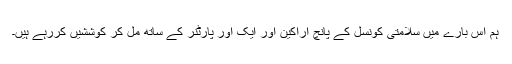
ہم اس بارے میں سلامتی کونسل کے پانچ اراکین اور ایک اور پارٹنر کے ساتھ مل کر کوششیں کررہے ہیں۔